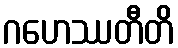
ဂဟေဿတီတိ